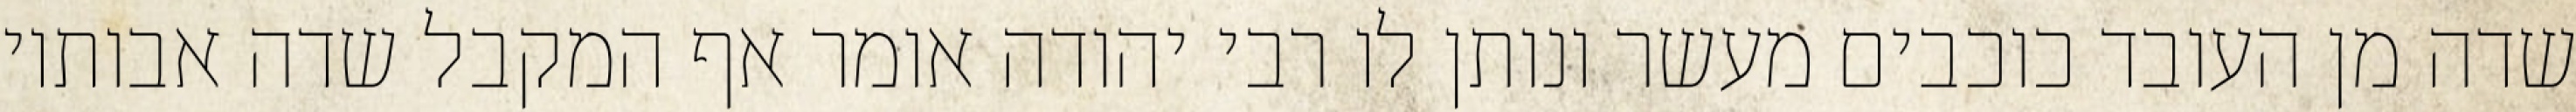
שדה מן העובד כוכבים מעשר ונותן לו רבי יהודה אומר אף המקבל שדה אבותיו